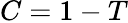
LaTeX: C=1-T